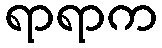
ရာရာက